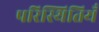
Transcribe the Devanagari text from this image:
परिस्थितियँ